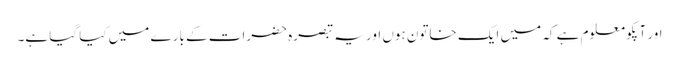
اور آپکو معلوم ہے کہ میں ایک خاتون ہوں اور یہ تبصرہ حضرات کے بارے میں کیا گیا ہے۔